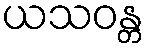
ယသဝန္တ